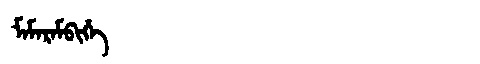
Manchu: ᠮᠠᠮᠠᡵᠠᠮᠪᡳᡥᡝ
Romanization: MAMARAMBIHE